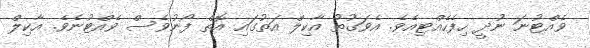
ވެއްޓުނަ ނުދީ ހިފެހެއްޓިއެވެ. އެވަގުތު އާކިލް އަތުގައި އޮތް ފޯނުވެސް ވެއްޓުނެވެ. އާކިލް